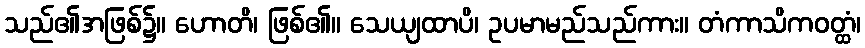
သည်၏အဖြစ်၌။ ဟောတိ၊ ဖြစ်၏။ သေယျထာပိ၊ ဥပမာမည်သည်ကား။ တံကာသိကဝတ္ထံ၊